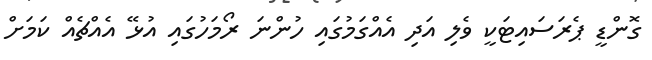
ގޮންޑީ ޕެރަސައިޓަކީ ވެލި އަދި އެއްގަމުގައި ހުންނަ ރޯމަހުގައި އުޅޭ އެއްޗެއް ކަމަށް